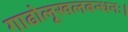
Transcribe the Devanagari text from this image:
गाढोलूखलबन्धनः।